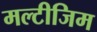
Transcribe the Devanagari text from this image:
मल्टीजिम